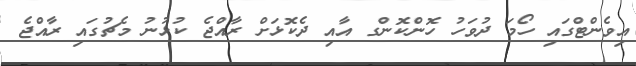
އިވެންޓްގައި ހޯމަ ދުވަހު ހޮންކޮންގ އާއި ދެކޮޅަށް ރާއްޖެ ކުޅުނު މެޗުގައި ރާއްޖެ